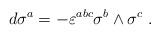
LaTeX: \begin{align*} d\sigma^a = - \varepsilon^{abc} \sigma^b \wedge \sigma^c~.\end{align*}